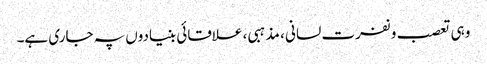
وہی تعصب و نفرت لسانی ، مذہبی ، علاقائی بنیادوں پہ جاری ہے۔